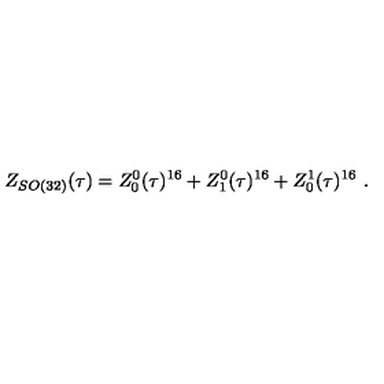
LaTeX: Z _ { S O ( 3 2 ) } ( \tau ) = Z _ { 0 } ^ { 0 } ( \tau ) ^ { 1 6 } + Z _ { 1 } ^ { 0 } ( \tau ) ^ { 1 6 } + Z _ { 0 } ^ { 1 } ( \tau ) ^ { 1 6 } \ .